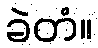
ခဲတံ။